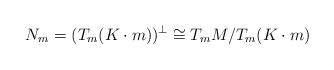
LaTeX: \begin{align*} N_m=(T_m(K\cdot m))^{\perp} \cong T_m M/T_m(K\cdot m)\end{align*}